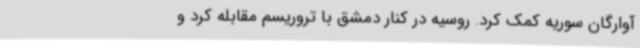
آوارگان سوریه کمک کرد. روسیه در کنار دمشق با تروریسم مقابله کرد و